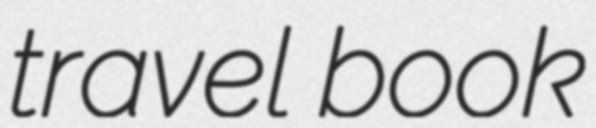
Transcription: travel book